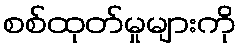
စစ်ထုတ်မှုများကို